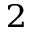
^ 2